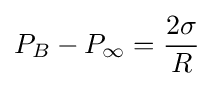
P_{B}-P_{\infty }={\frac {2\sigma }{R}}